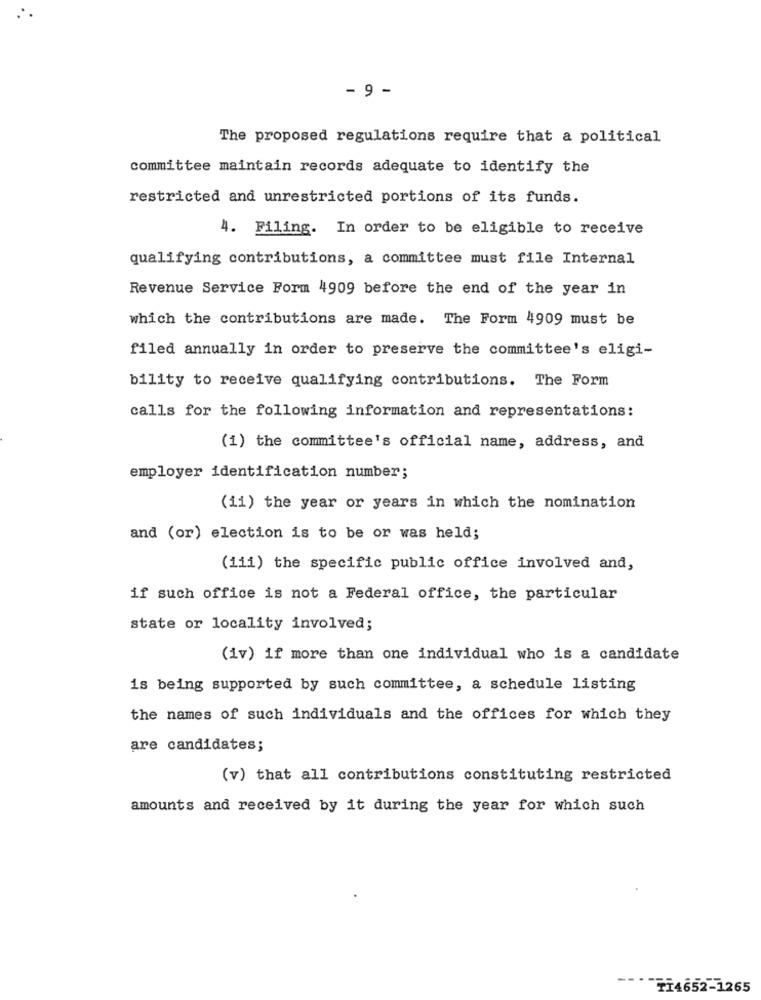
- 9 -
The proposed regulations require that a political
committee maintain records adequate to identify the
restricted and unrestricted portions of its funds.
4. Filing. In order to be eligible to receive
qualifying contributions, a committee must file Internal
Revenue Service Form 4909 before the end of the year in
which the contributions are made. The Form 4909 must be
filed annually in order to preserve the committee's eligi-
bility to receive qualifying contributions. The Form
calls for the following information and representations:
(1) the committee's official name, address, and
employer identification number;
(ii) the year or years in which the nomination
and (or) election is to be or was held;
(iii) the specific public office involved and,
if such office is not a Federal office, the particular
state or locality involved;
(iv) if more than one individual who is a candidate
is being supported by such committee, a schedule listing
the names of such individuals and the offices for which they
are candidates;
(v) that all contributions constituting restricted
amounts and received by it during the year for which such
TI4652-1265